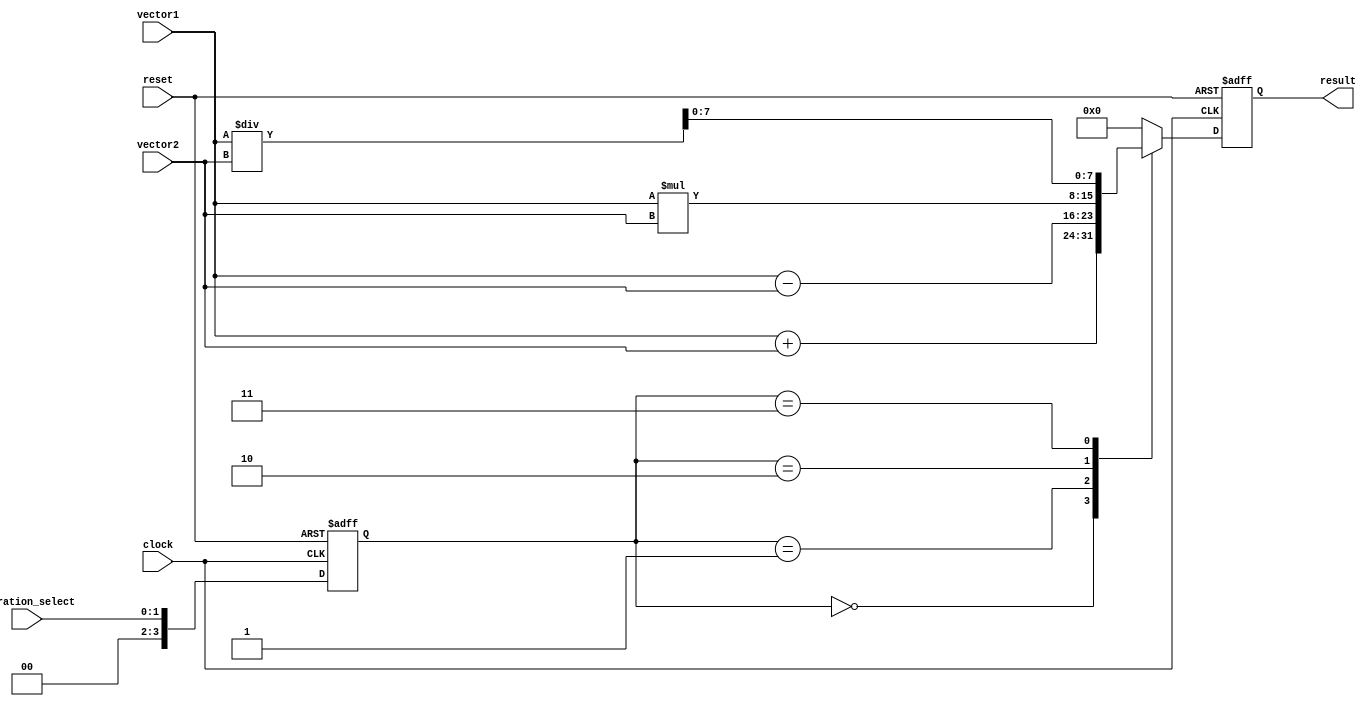
module VectorALU (
  input [7:0] vector1,
  input [7:0] vector2,
  input [1:0] operation_select, // 0: addition, 1: subtraction, 2: multiplication, 3: division
  input clock,
  input reset,
  output reg [7:0] result
);
  
// Define internal signals
reg [15:0] temp_result;
reg [3:0] operation;
  
// Combining operation_select with control logic
always @ (posedge clock or posedge reset) begin
  if (reset) begin
    operation <= 4'b0000; // Idle state
  end else begin
    operation <= operation_select;
  end
end
  
// ALU functionality
always @ (*) begin
  case(operation)
    4'b0000: temp_result = vector1 + vector2; // Addition
    4'b0001: temp_result = vector1 - vector2; // Subtraction
    4'b0010: temp_result = vector1 * vector2; // Multiplication
    4'b0011: temp_result = vector1 / vector2; // Division
    default: temp_result = 16'b0; // Default to avoid undefined behavior
  endcase
end
  
// Output result
always @ (posedge clock or posedge reset) begin
  if (reset) begin
    result <= 8'b0;
  end else begin
    result <= temp_result[7:0]; // take lower 8 bits for output
  end
end
  
endmodule